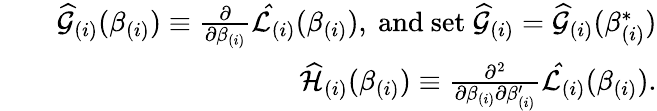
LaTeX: \begin{array}{rlr}&{}&{\widehat{\mathcal{G}}_{(i)}(\beta_{(i)})\equiv\frac{\partial}{\partial\beta_{(i)}}\mathcal{\hat{L}}_{(i)}(\beta_{(i)}),\mathrm{~and~set\ }\widehat{\mathcal{G}}_{(i)}=\widehat{\mathcal{G}}_{(i)}(\beta_{(i)}^{\ast})}\\ &{}&{\widehat{\mathcal{H}}_{(i)}(\beta_{(i)})\equiv\frac{\partial^{2}}{\partial\beta_{(i)}\partial\beta_{(i)}^{\prime}}\mathcal{\hat{L}}_{(i)}(\beta_{(i)}).}\end{array}